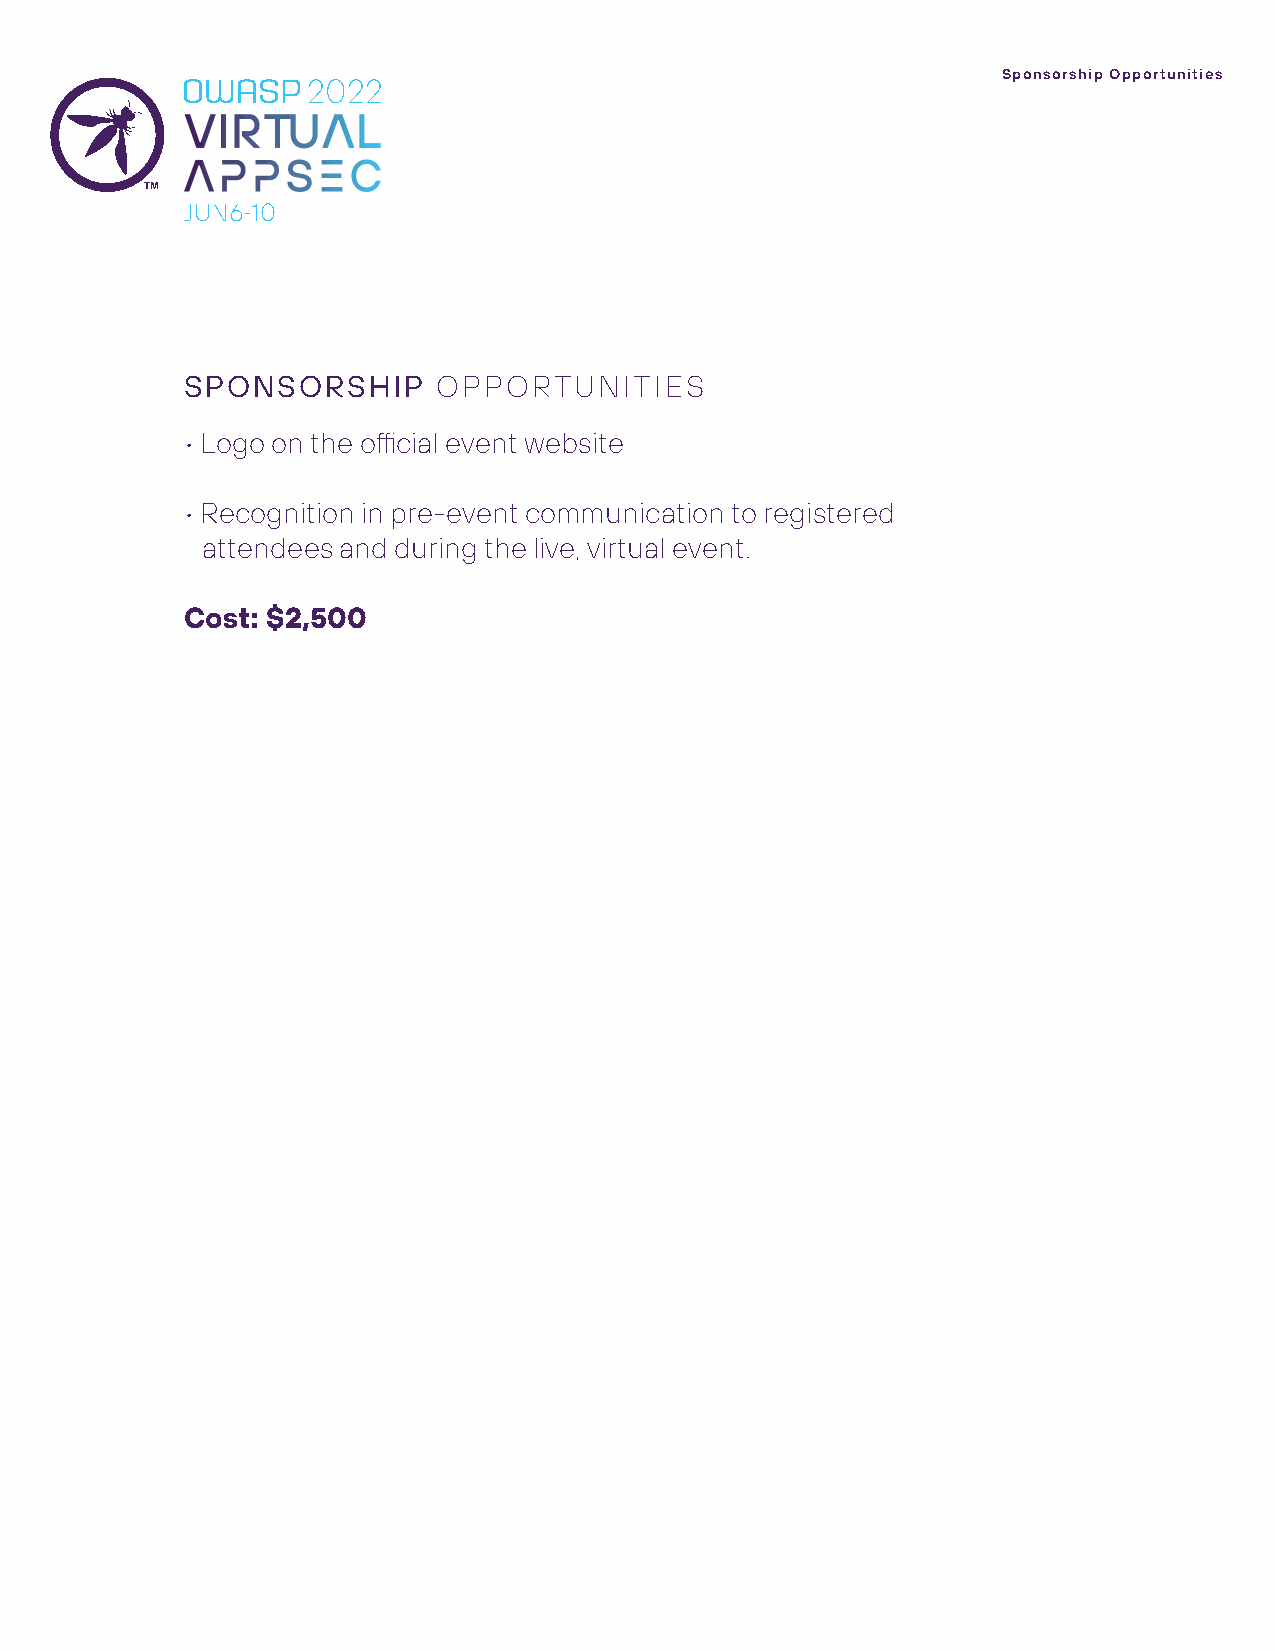
Sponsorship Opportunities
 2022
 SPONSORSHIP      OPPORTUNITIES
 • Logo on the official event website
 • Recognition in pre-event communication to registered
 attendees and during the live, virtual event.
 Cost: $2,500